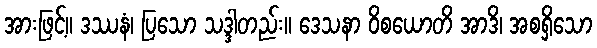
အားဖြင့်။ ဒဿနံ၊ ပြသော သဒ္ဒါတည်း။ ဒေသနာ ဝိစယောတိ အာဒိ၊ အစရှိသော